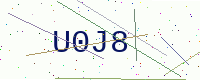
Text: U0J8